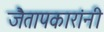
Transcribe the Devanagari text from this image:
जैतापकारांनी